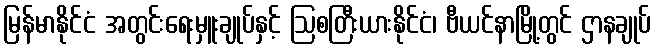
မြန်မာနိုင်ငံ အတွင်းရေးမှူးချုပ်နှင့် ဩစတြီးယားနိုင်ငံ၊ ဗီယင်နာမြို့တွင် ဌာနချုပ်